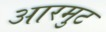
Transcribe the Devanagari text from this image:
आरमुट